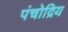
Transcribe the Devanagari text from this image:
पंचोद्रिय